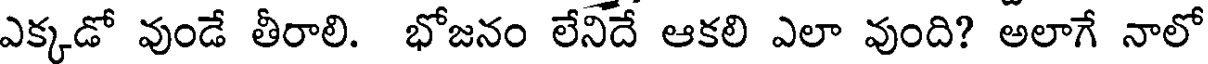
ఎక్కడో వుండే తీరాలి. భోజనం లేనిదే ఆకలి ఎలా వుంది? అలాగే నాలో